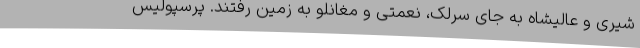
شیری و عالیشاه به جای سرلک، نعمتی و مغانلو به زمین رفتند. پرسپولیس